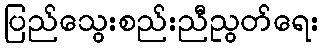
ပြည်သွေးစည်းညီညွတ်ရေး